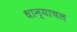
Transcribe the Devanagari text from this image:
धान्याचल